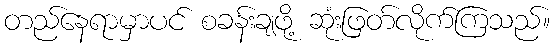
တည်နေရာမှာပင် စခန်းချဖို့ ဆုံးဖြတ်လိုက်ကြသည်။